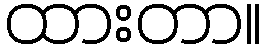
ထားတာ။